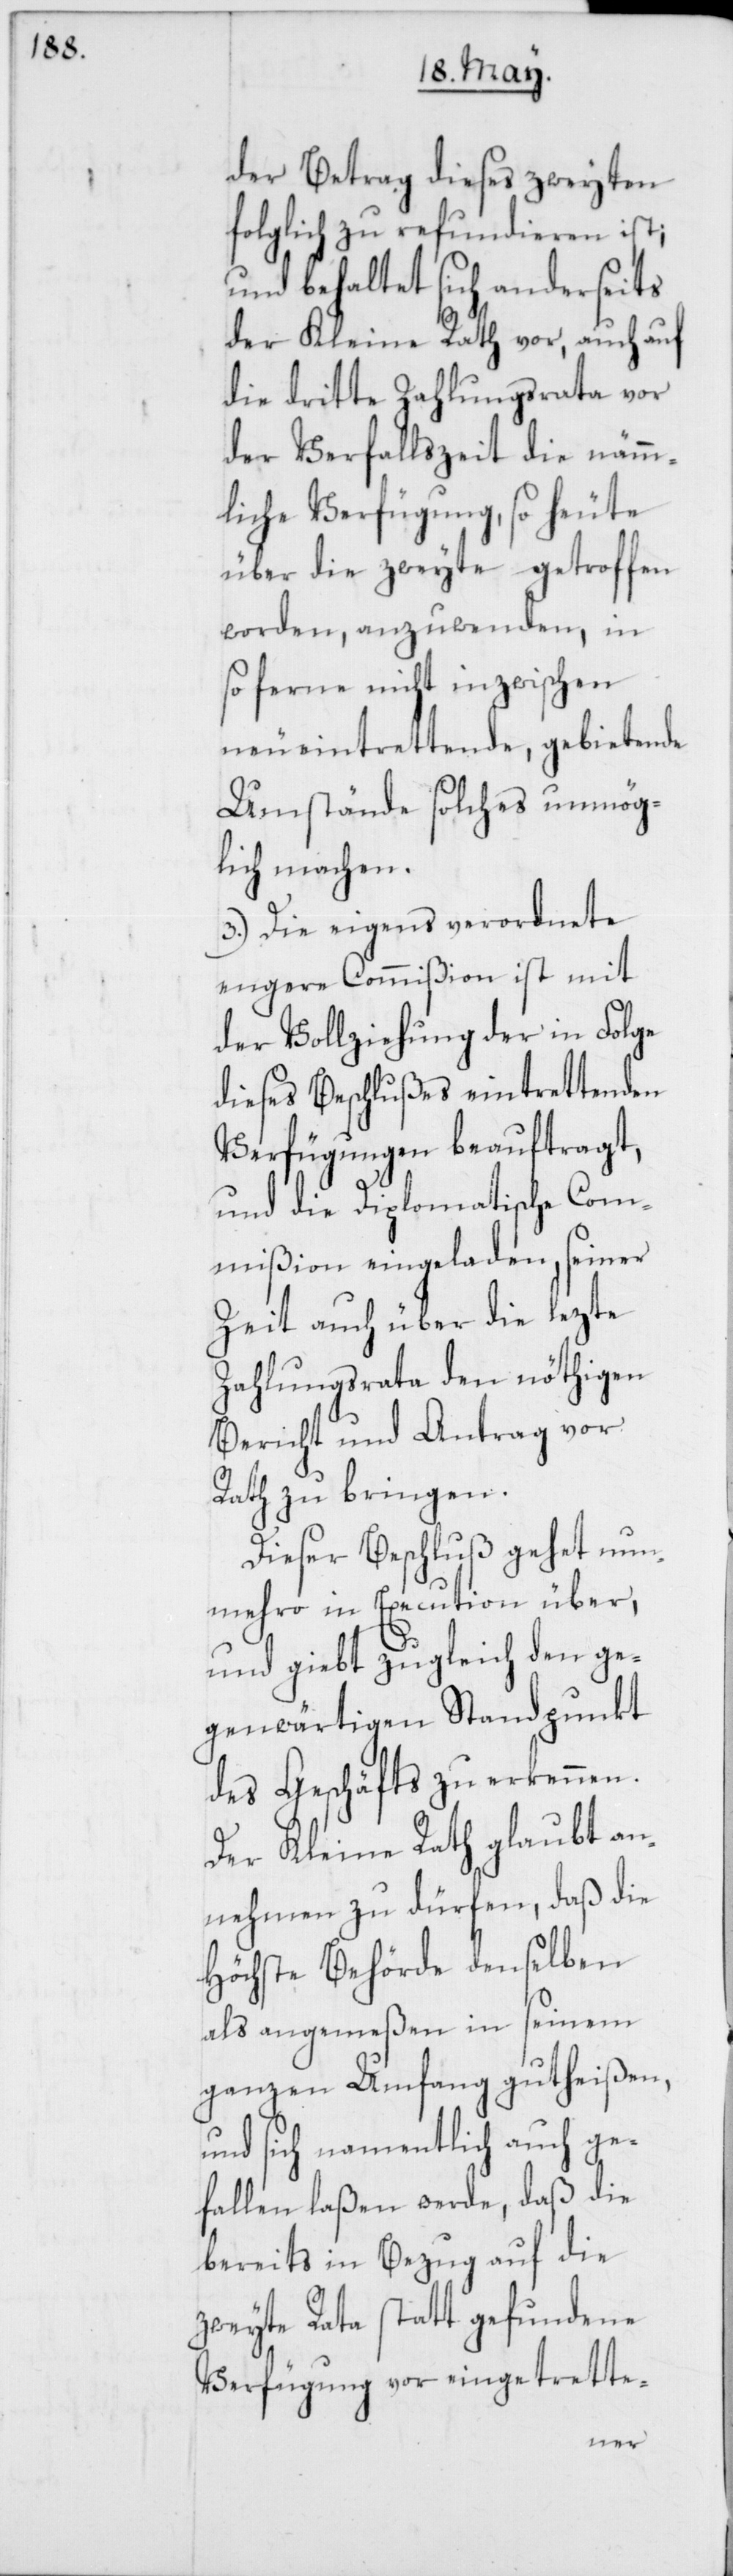
der Betrag dieses zweyten
folglich zu refundieren ist;
und behaltet sich anderseits
der Kleine Rath vor, auch auf
die dritte Zahlungsrata vor
der Verfallszeit die nämm¬
liche Verfügung, so heute
über die zweyte getroffen
worden, anzuwenden, in
so ferne nicht inzwischen
neueintrettende, gebietende
Umstände solches unmög¬
lich machen.
3.) Die eigens verordnete
engere Commißion ist mit
der Vollziehung der in Folge
dieses Beschlußes eintrettenden
Verfügungen beauftragt,
und die Diplomatische Com¬
mißion eingeladen, seiner
Zeit auch über die lezte
Zahlungsrata den nöthigen
Bericht und Antrag vor
Rath zu bringen.
Dieser Beschluß gehet nun¬
mehro in Execution über,
und giebt zugleich den ge¬
genwärtigen Standpunkt
des Geschäfts zu erkennen.
Der Kleine Rath glaubt an¬
nehmen zu dürfen, daß die
Höchste Behörde denselben
als angemeßen in seinem
ganzen Umfang gutheißen,
und sich namentlich auch ge¬
fallen laßen werde, daß die
bereits in Bezug auf die
zweyte Rata statt gefundene
Verfügung vor eintrette-